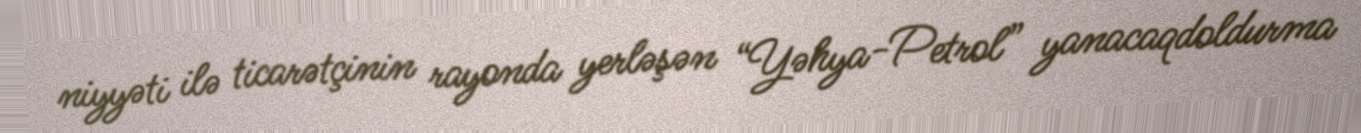
niyyəti ilə ticarətçinin rayonda yerləşən “Yəhya-Petrol” yanacaqdoldurma